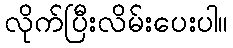
လိုက်ပြီးလိမ်းပေးပါ။